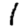
Digit: 1